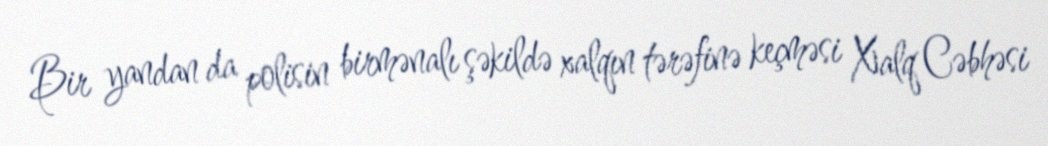
Bir yandan da polisin birmənalı şəkildə xalqın tərəfinə keçməsi Xalq Cəbhəsi